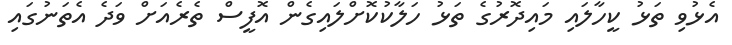
އެޅުވި ތަޅު ކީހާލައި މައިދޮރުގެ ތަޅު ހަލާކުކޮށްލައިގެން އޮފީސް ތެރެއަށް ވަދެ އެތަނުގައި